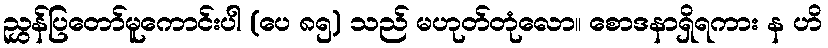
ညွှန်ပြတော်မူကောင်းပါ (ပေ ၈၅) သည် မဟုတ်တုံလော။ စောဒနာရှိရကား န ဟိ